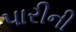
પારીની